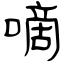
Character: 嘀